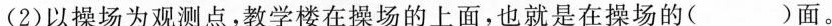
（2)以操场为观测点，教学楼在操场的上面，也就是在操场的()面。